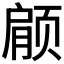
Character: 𫖶